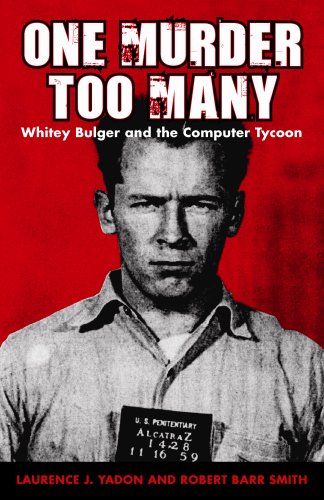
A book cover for One Murder Too Many: Whitey Bulger and the Computer Tycoon; Laurence Yadon; Biographies & Memoirs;